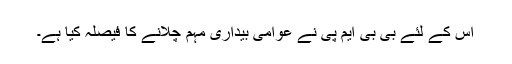
اس کے لئے بی بی ایم پی نے عوامی بیداری مہم چلانے کا فیصلہ کیا ہے۔